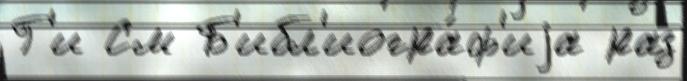
Г'и См Б'ибл'иогра́ф'иjа раз